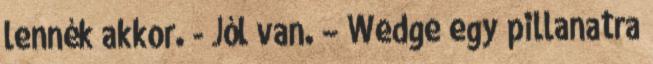
lennék akkor. - Jól van. – Wedge egy pillanatra